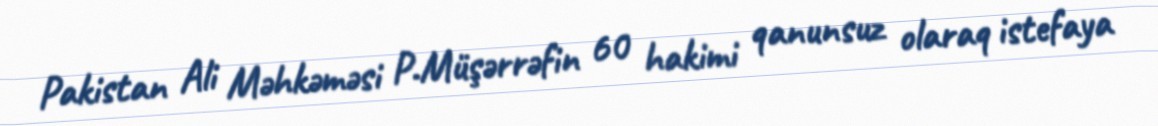
Pakistan Ali Məhkəməsi P.Müşərrəfin 60 hakimi qanunsuz olaraq istefaya